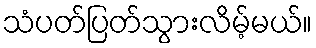
သံပတ်ပြတ်သွားလိမ့်မယ်။